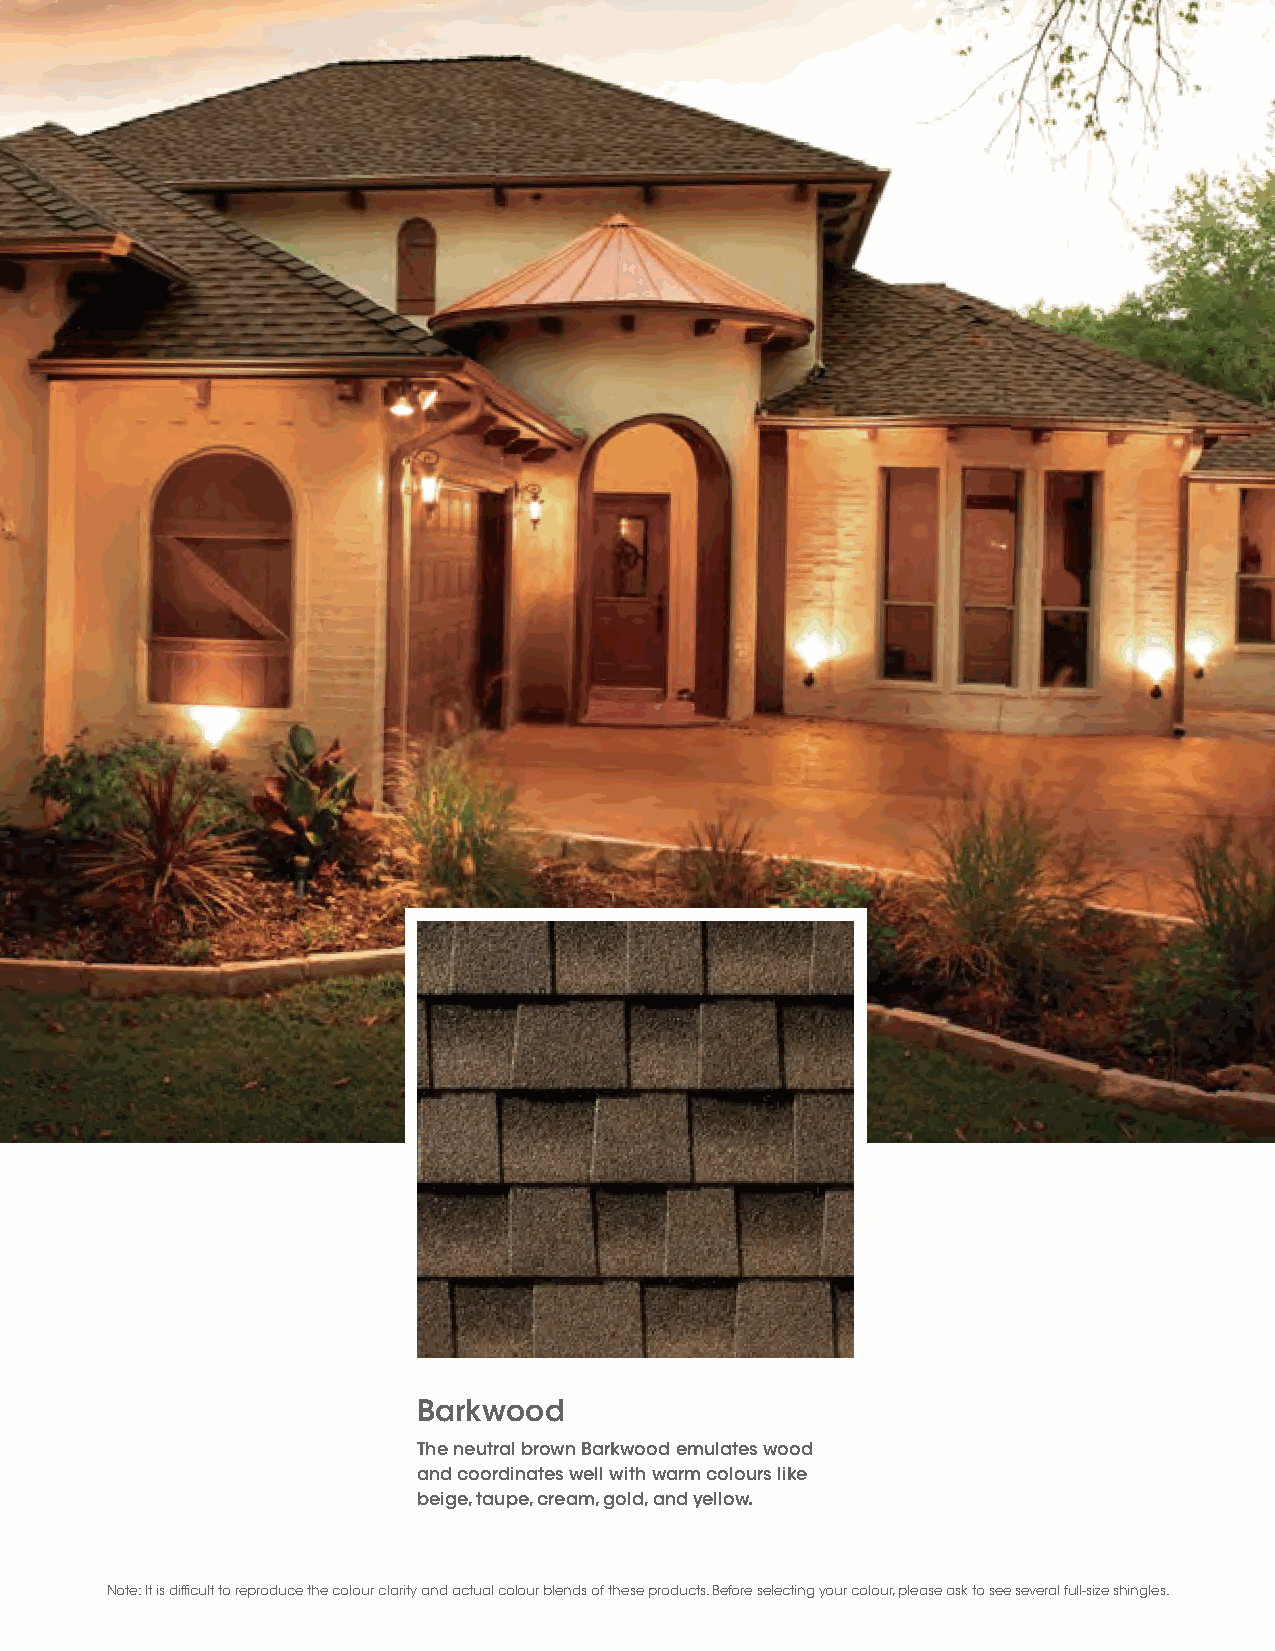
Barkwood
 The neutral brown Barkwood emulates wood
 and coordinates well with warm colours like
 beige, taupe, cream, gold, and yellow.
 Note: It is difficult to reproduce the colour clarity and actual colour blends of these products. Before selecting your colour, please ask to see several full-size shingles.
 384502_240 - RESTZ145C Timberline HDZ Brochure Canada - ENGLISH 121420.indd 10 12/17/20 3:05 AM